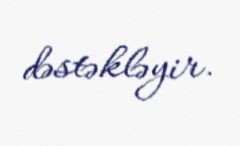
dəstəkləyir.